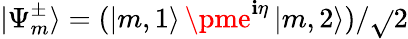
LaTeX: \mathinner{|{\Psi_{m}^{\pm}}\rangle}=(\mathinner{|{m,1}\rangle}\pme^{\mathbf{i}\eta}\mathinner{|{m,2}\rangle})/\sqrt{}{{2}}